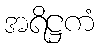
အရိဋ္ဌကံ